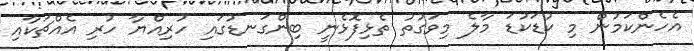
އެހެންކަމުން މި ކުޑަކުޑަ މާލެ މިވަގުތު ތެޅިފޮޅެނީ ބިންގަނޑުގައި ހުރިއްޔާ ހުރި އެއްޗަކާއި